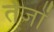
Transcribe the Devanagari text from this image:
तेजों